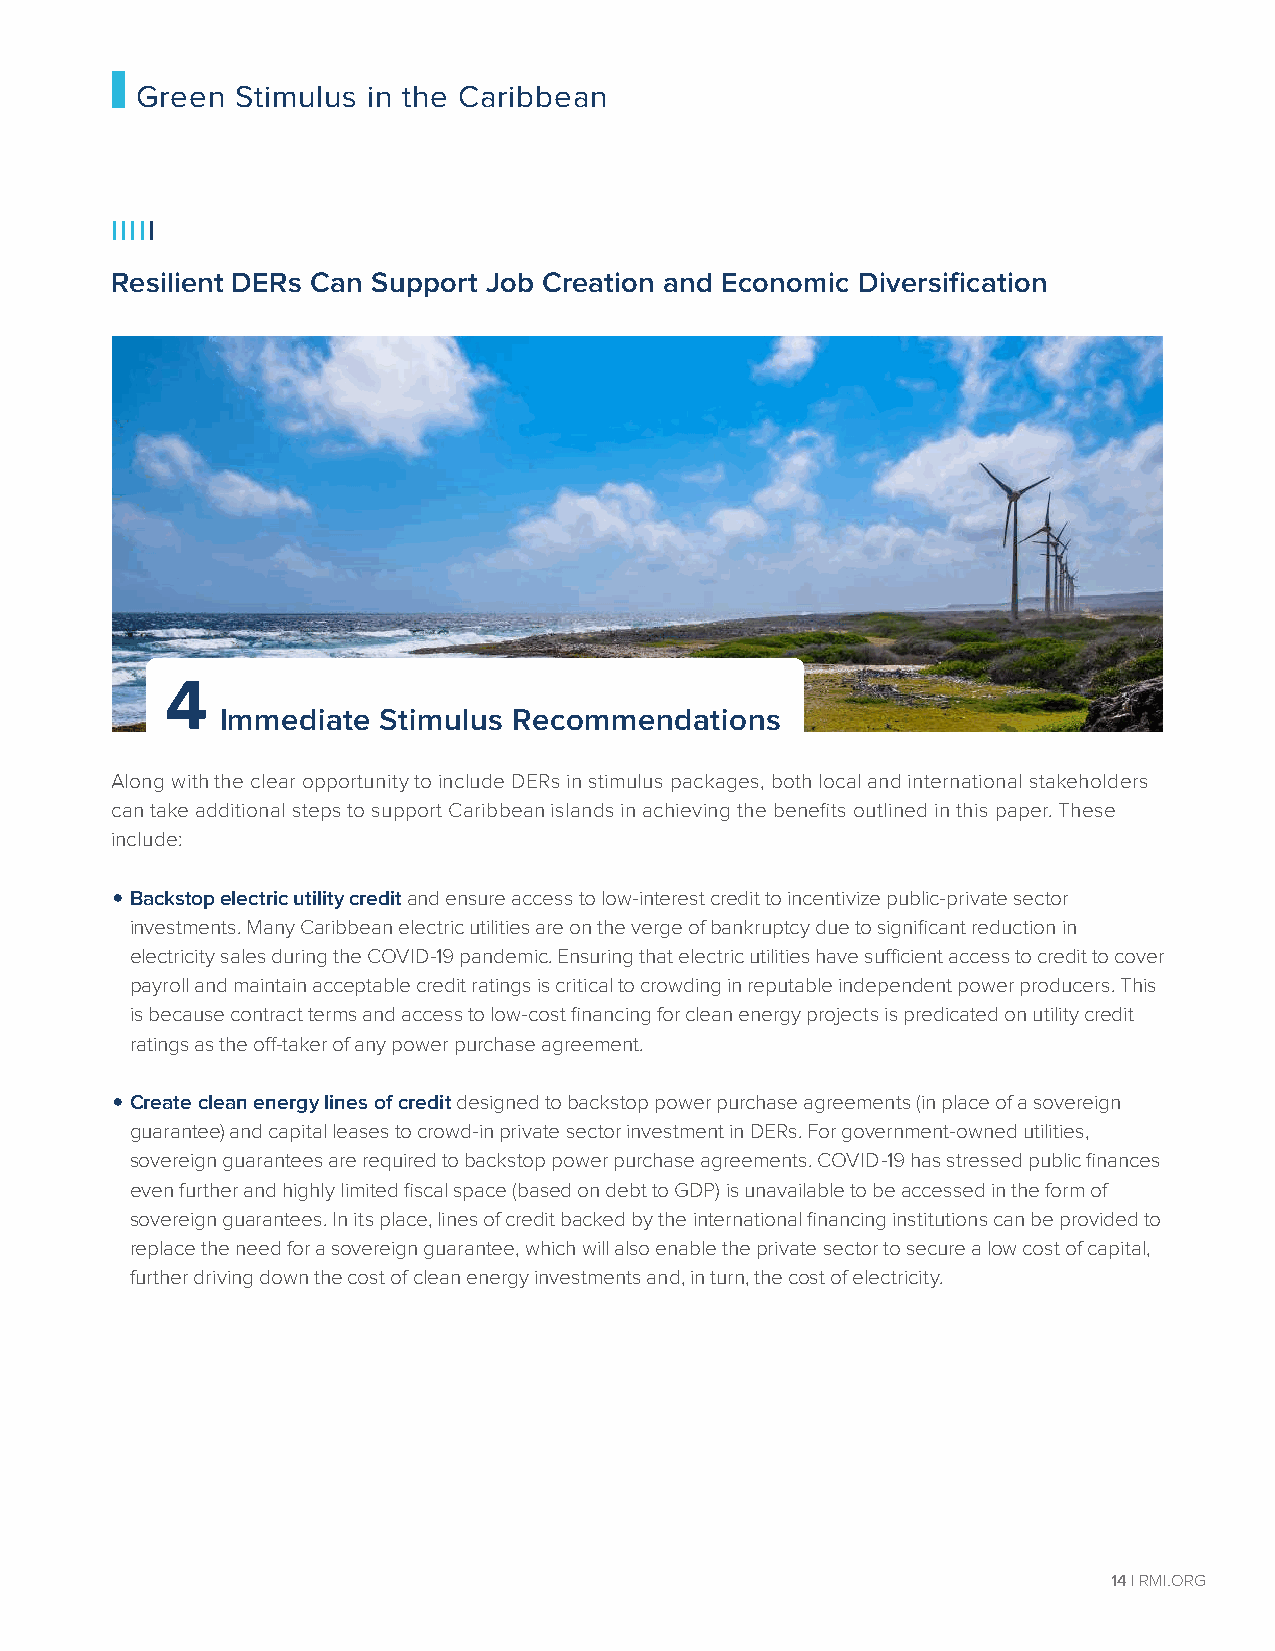
Green  Stimulus in the Caribbean
 IIIII
 Resilient DERs Can Support Job Creation and Economic Diversification
 4
 Immediate Stimulus Recommendations
 Along with the clear opportunity to include DERs in stimulus packages, both local and international stakeholders
 can take additional steps to support Caribbean islands in achieving the benefits outlined in this paper. These
 include:
 •
 Backstop electric utility credit and ensure access to low-interest credit to incentivize public-private sector
 investments. Many Caribbean electric utilities are on the verge of bankruptcy due to significant reduction in
 electricity sales during the COVID-19 pandemic. Ensuring that electric utilities have sufficient access to credit to cover
 payroll and maintain acceptable credit ratings is critical to crowding in reputable independent power producers. This
 is because contract terms and access to low-cost financing for clean energy projects is predicated on utility credit
 ratings as the off-taker of any power purchase agreement.
 •
 Create clean energy lines of credit designed to backstop power purchase agreements (in place of a sovereign
 guarantee) and capital leases to crowd-in private sector investment in DERs. For government-owned utilities,
 sovereign guarantees are required to backstop power purchase agreements. COVID-19 has stressed public finances
 even further and highly limited fiscal space (based on debt to GDP) is unavailable to be accessed in the form of
 sovereign guarantees. In its place, lines of credit backed by the international financing institutions can be provided to
 replace the need for a sovereign guarantee, which will also enable the private sector to secure a low cost of capital,
 further driving down the cost of clean energy investments and, in turn, the cost of electricity.
 14 | RMI.ORG